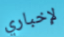
لإخباري